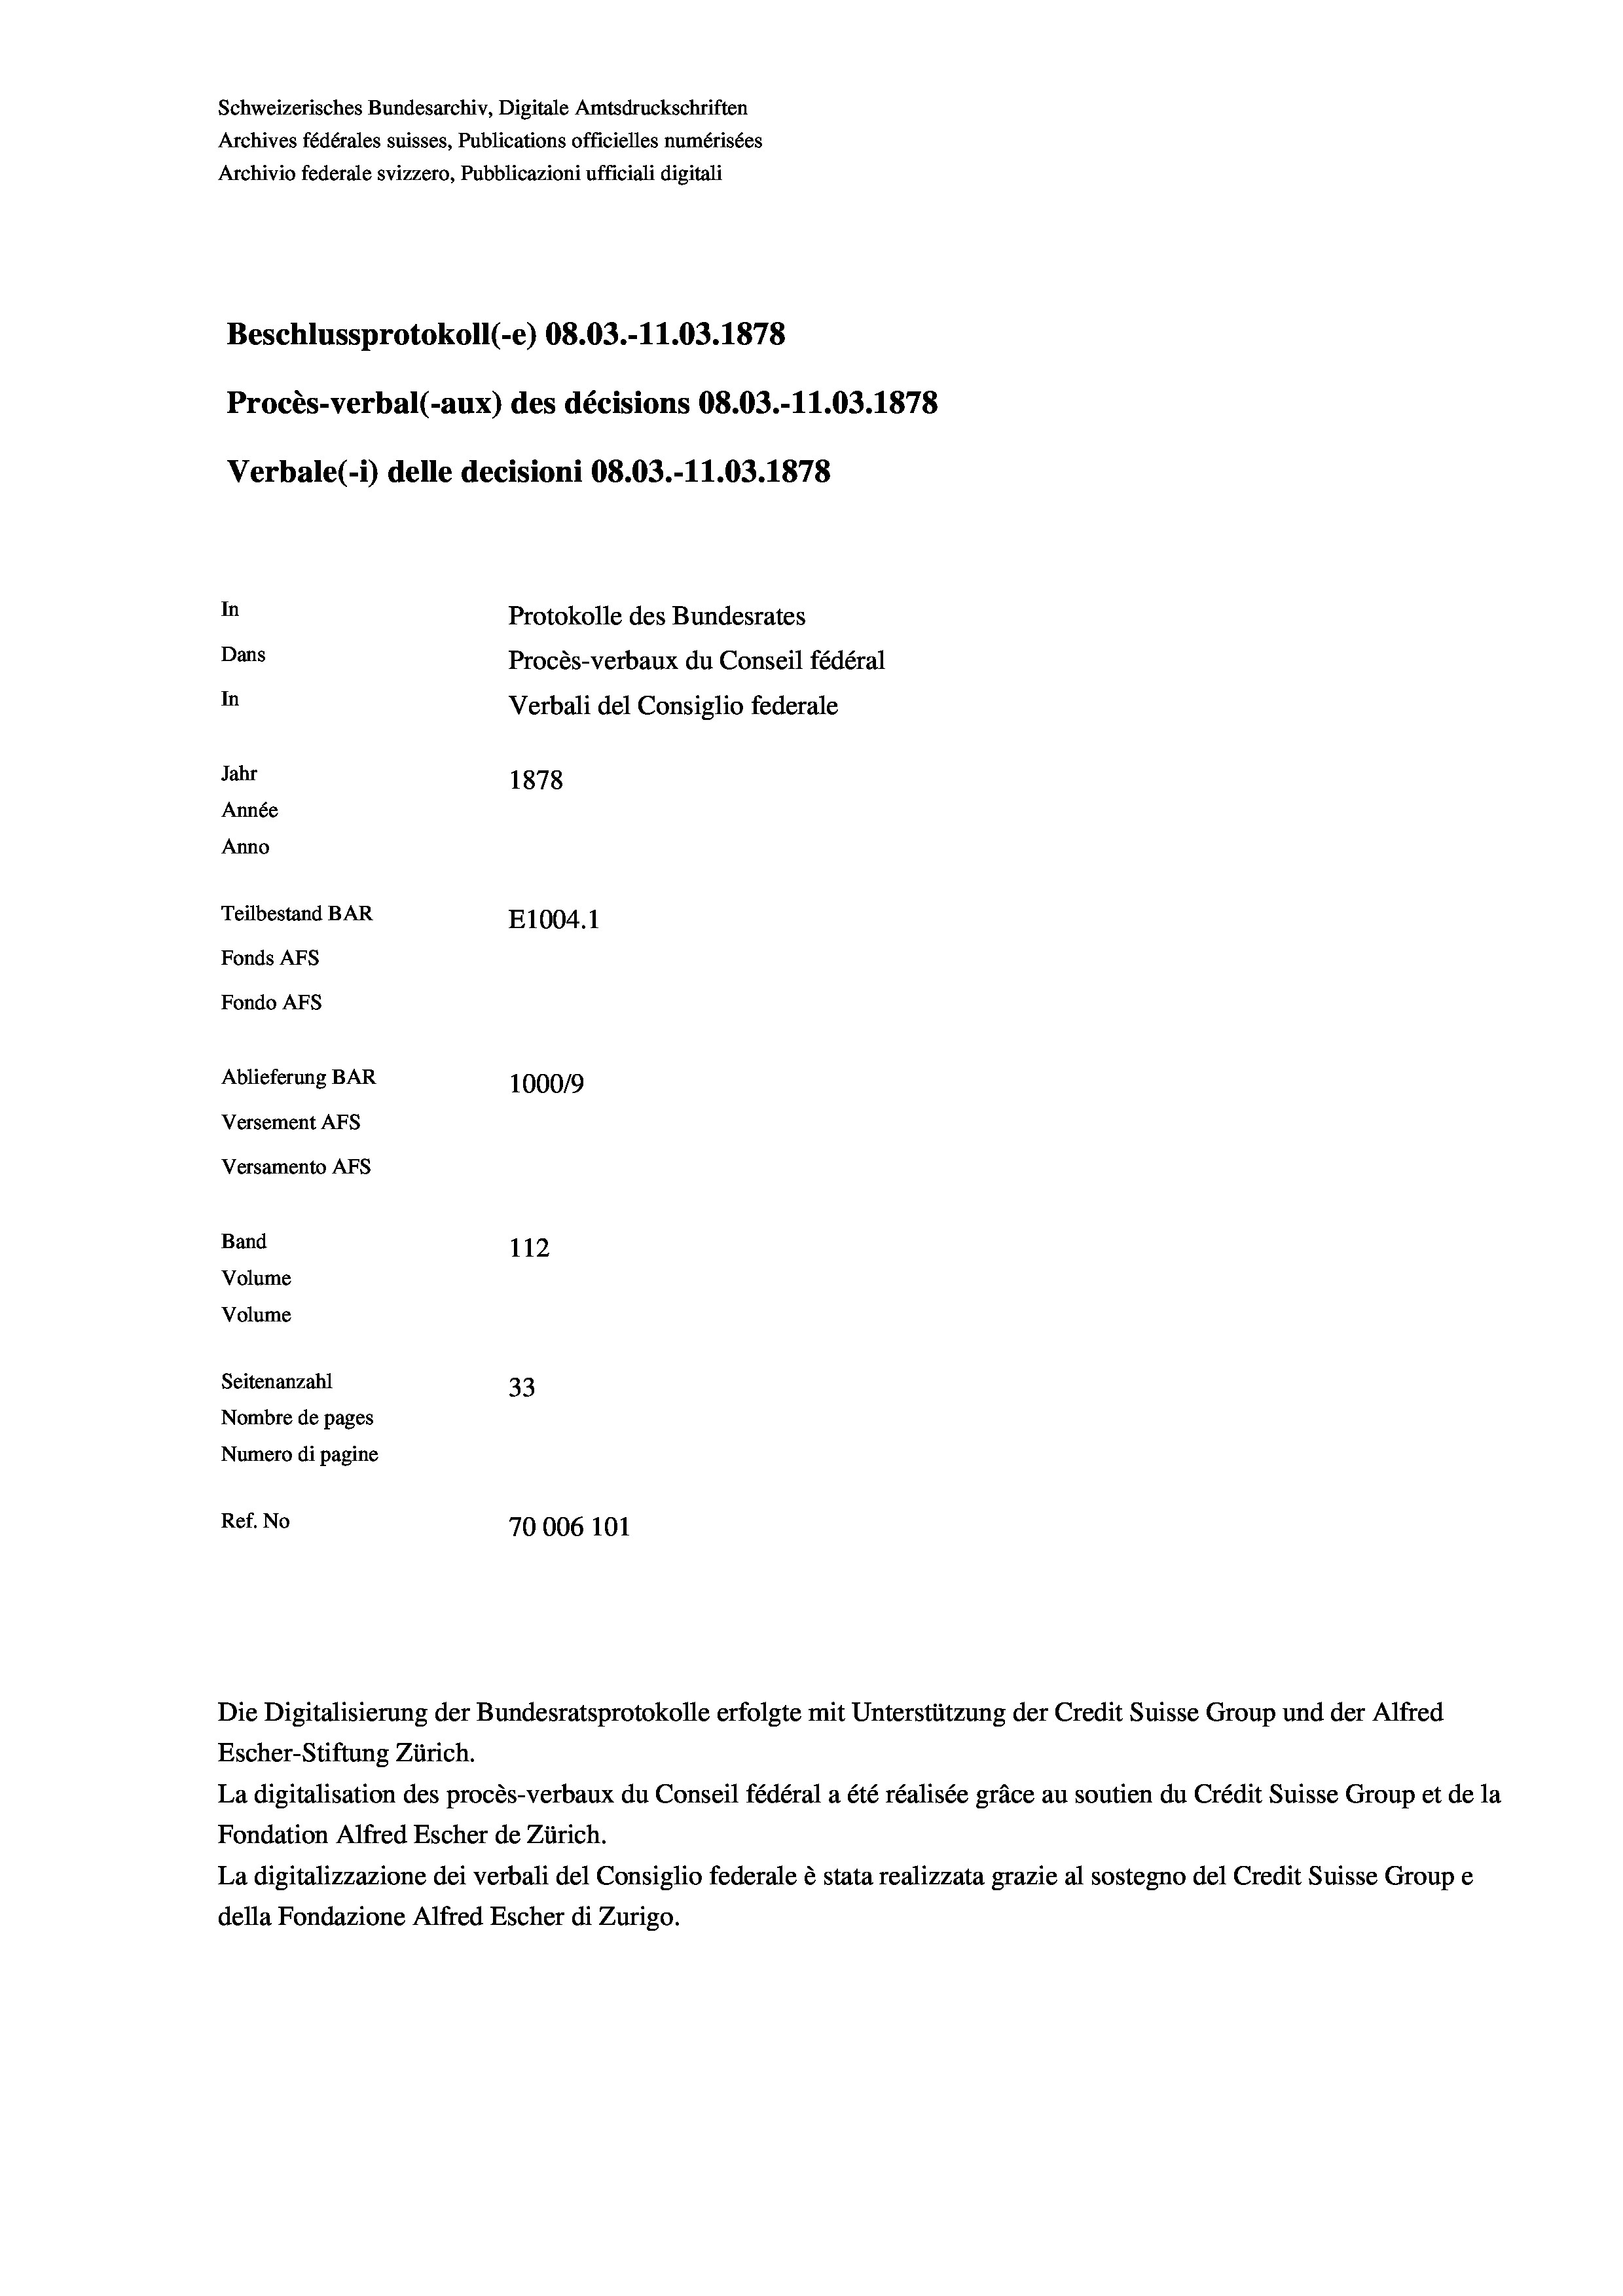
Schweizerisches Bundesarchiv, Digitale Amtsdruckschriften
Archives fédérales suisses, Publications officielles numérisées
Archivio federale svizzero, Pubblicazioni ufficiali digitali
Beschlussprotokoll (-e) 08.03.-11.03. 1878
Procès-verbal (-aux) des décisions 08.03.-11.03. 1878
Verbale(1) delle decisioni 08.03.-11.03. 1878
In
Protokolle des Bundesrates
Dans
Procès-verbaux du Conseil fédéral
In
Verbali del Consiglio federale
Jahr
1878
Année
Anno
Teilbestand BAR
E1004. 1
Fonds AFs
Fondo Afs
Ablieferung BAR
100019
Versement AFs
Versamento AFS
Band
112
Volume
Volume
Seitenanzahl
33
Nombre de pages
Numero di pagine
Ref. No
70006 101

Escher-Stiftung Zürich.
La digitalisation des procès-verbaux du Conseil fédéral a été réalisée gräce au soutien du Crédit Suisse Group et de la
Fondation Alfred Escher de Zürich.
La digitalizzazione dei verbali del Consiglio federale è stata realizzata grazie al sostegno del Credit Suisse Groupe
della Fondazione Alfred Escher di Zurigo.

Die Digitalisierung der Bundesratsprotokolle erfolgte mit Unterstützung der Credit Suisse Group und der Alfred